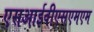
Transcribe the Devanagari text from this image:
एसआईवीएसएमएम